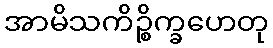
အာမိသကိဉ္စိက္ခဟေတု